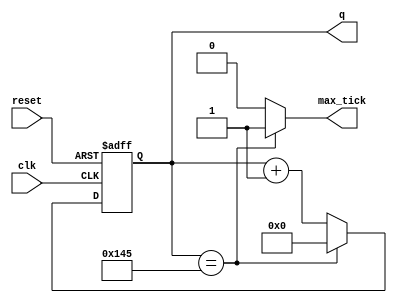
`timescale 1ns / 1ps

module Baud_Rate_Generator 
	#(parameter N = 9, // number of bits in counter
					M = 326 // mod - M
	)
	(
	  input wire clk, reset,
	  output wire max_tick,
	  output wire [N-1:0] q
    );

	// signal declaration
	reg [N-1:0] r_reg ;
	wire [N-1:0] r_next;
	
	// body
	// register
	always @ (posedge clk, posedge reset)
		if (reset)
			r_reg <= 0;
		else
			r_reg <= r_next;
			
	// next-state logic
	assign r_next = (r_reg ==(M-1))? 0 : r_reg + 1;
	
	//output logic
	assign q = r_reg;
	
	assign max_tick = (r_reg==(M-1))? 1'b1 : 1'b0;
	

endmodule